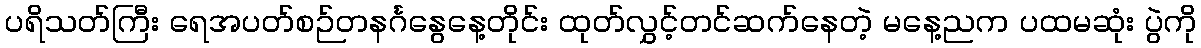
ပရိသတ်ကြီး ရေအပတ်စဉ်တနင်္ဂနွေနေ့တိုင်း ထုတ်လွှင့်တင်ဆက်နေတဲ့ မနေ့ညက ပထမဆုံး ပွဲကို